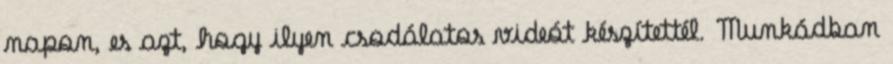
napon, es azt, hogy ilyen csodálatos videót készítettél. Munkádban